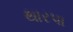
થારપા